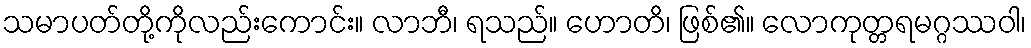
သမာပတ်တို့ကိုလည်းကောင်း။ လာဘီ၊ ရသည်။ ဟောတိ၊ ဖြစ်၏။ လောကုတ္တရမဂ္ဂဿဝါ၊